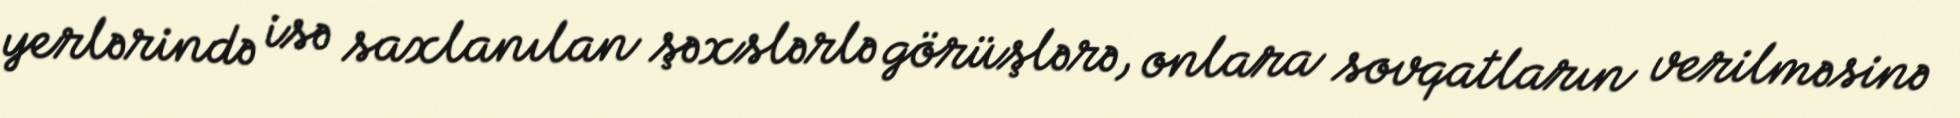
yerlərində isə saxlanılan şəxslərlə görüşlərə, onlara sovqatların verilməsinə